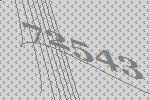
72543